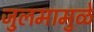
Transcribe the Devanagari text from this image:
जुलमामुळे